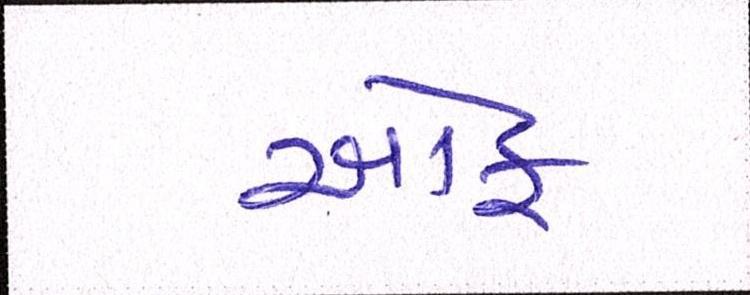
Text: ઑફ